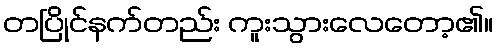
တပြိုင်နက်တည်း ကူးသွားလေတော့၏။